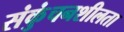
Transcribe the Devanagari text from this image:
संकुंचनशीलता